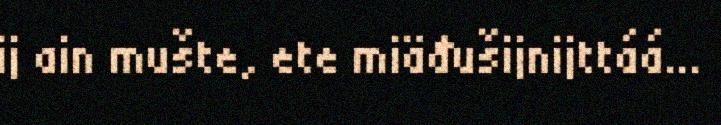
ij ain mušte, ete miäđušijnijttáá...